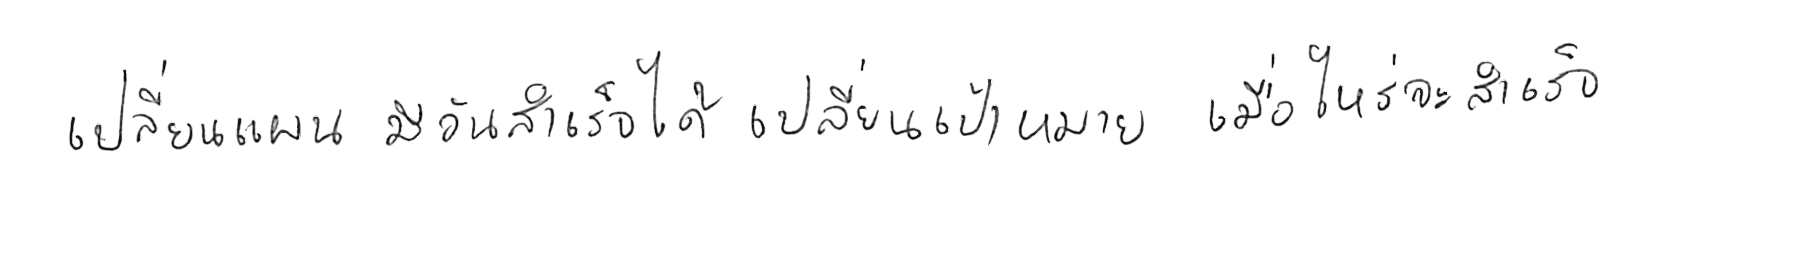
เปลี่ยนแผน มีวันสำเร็จได้ เปลี่ยนเป้าหมาย เมื่อไหร่จะสำเร็จ